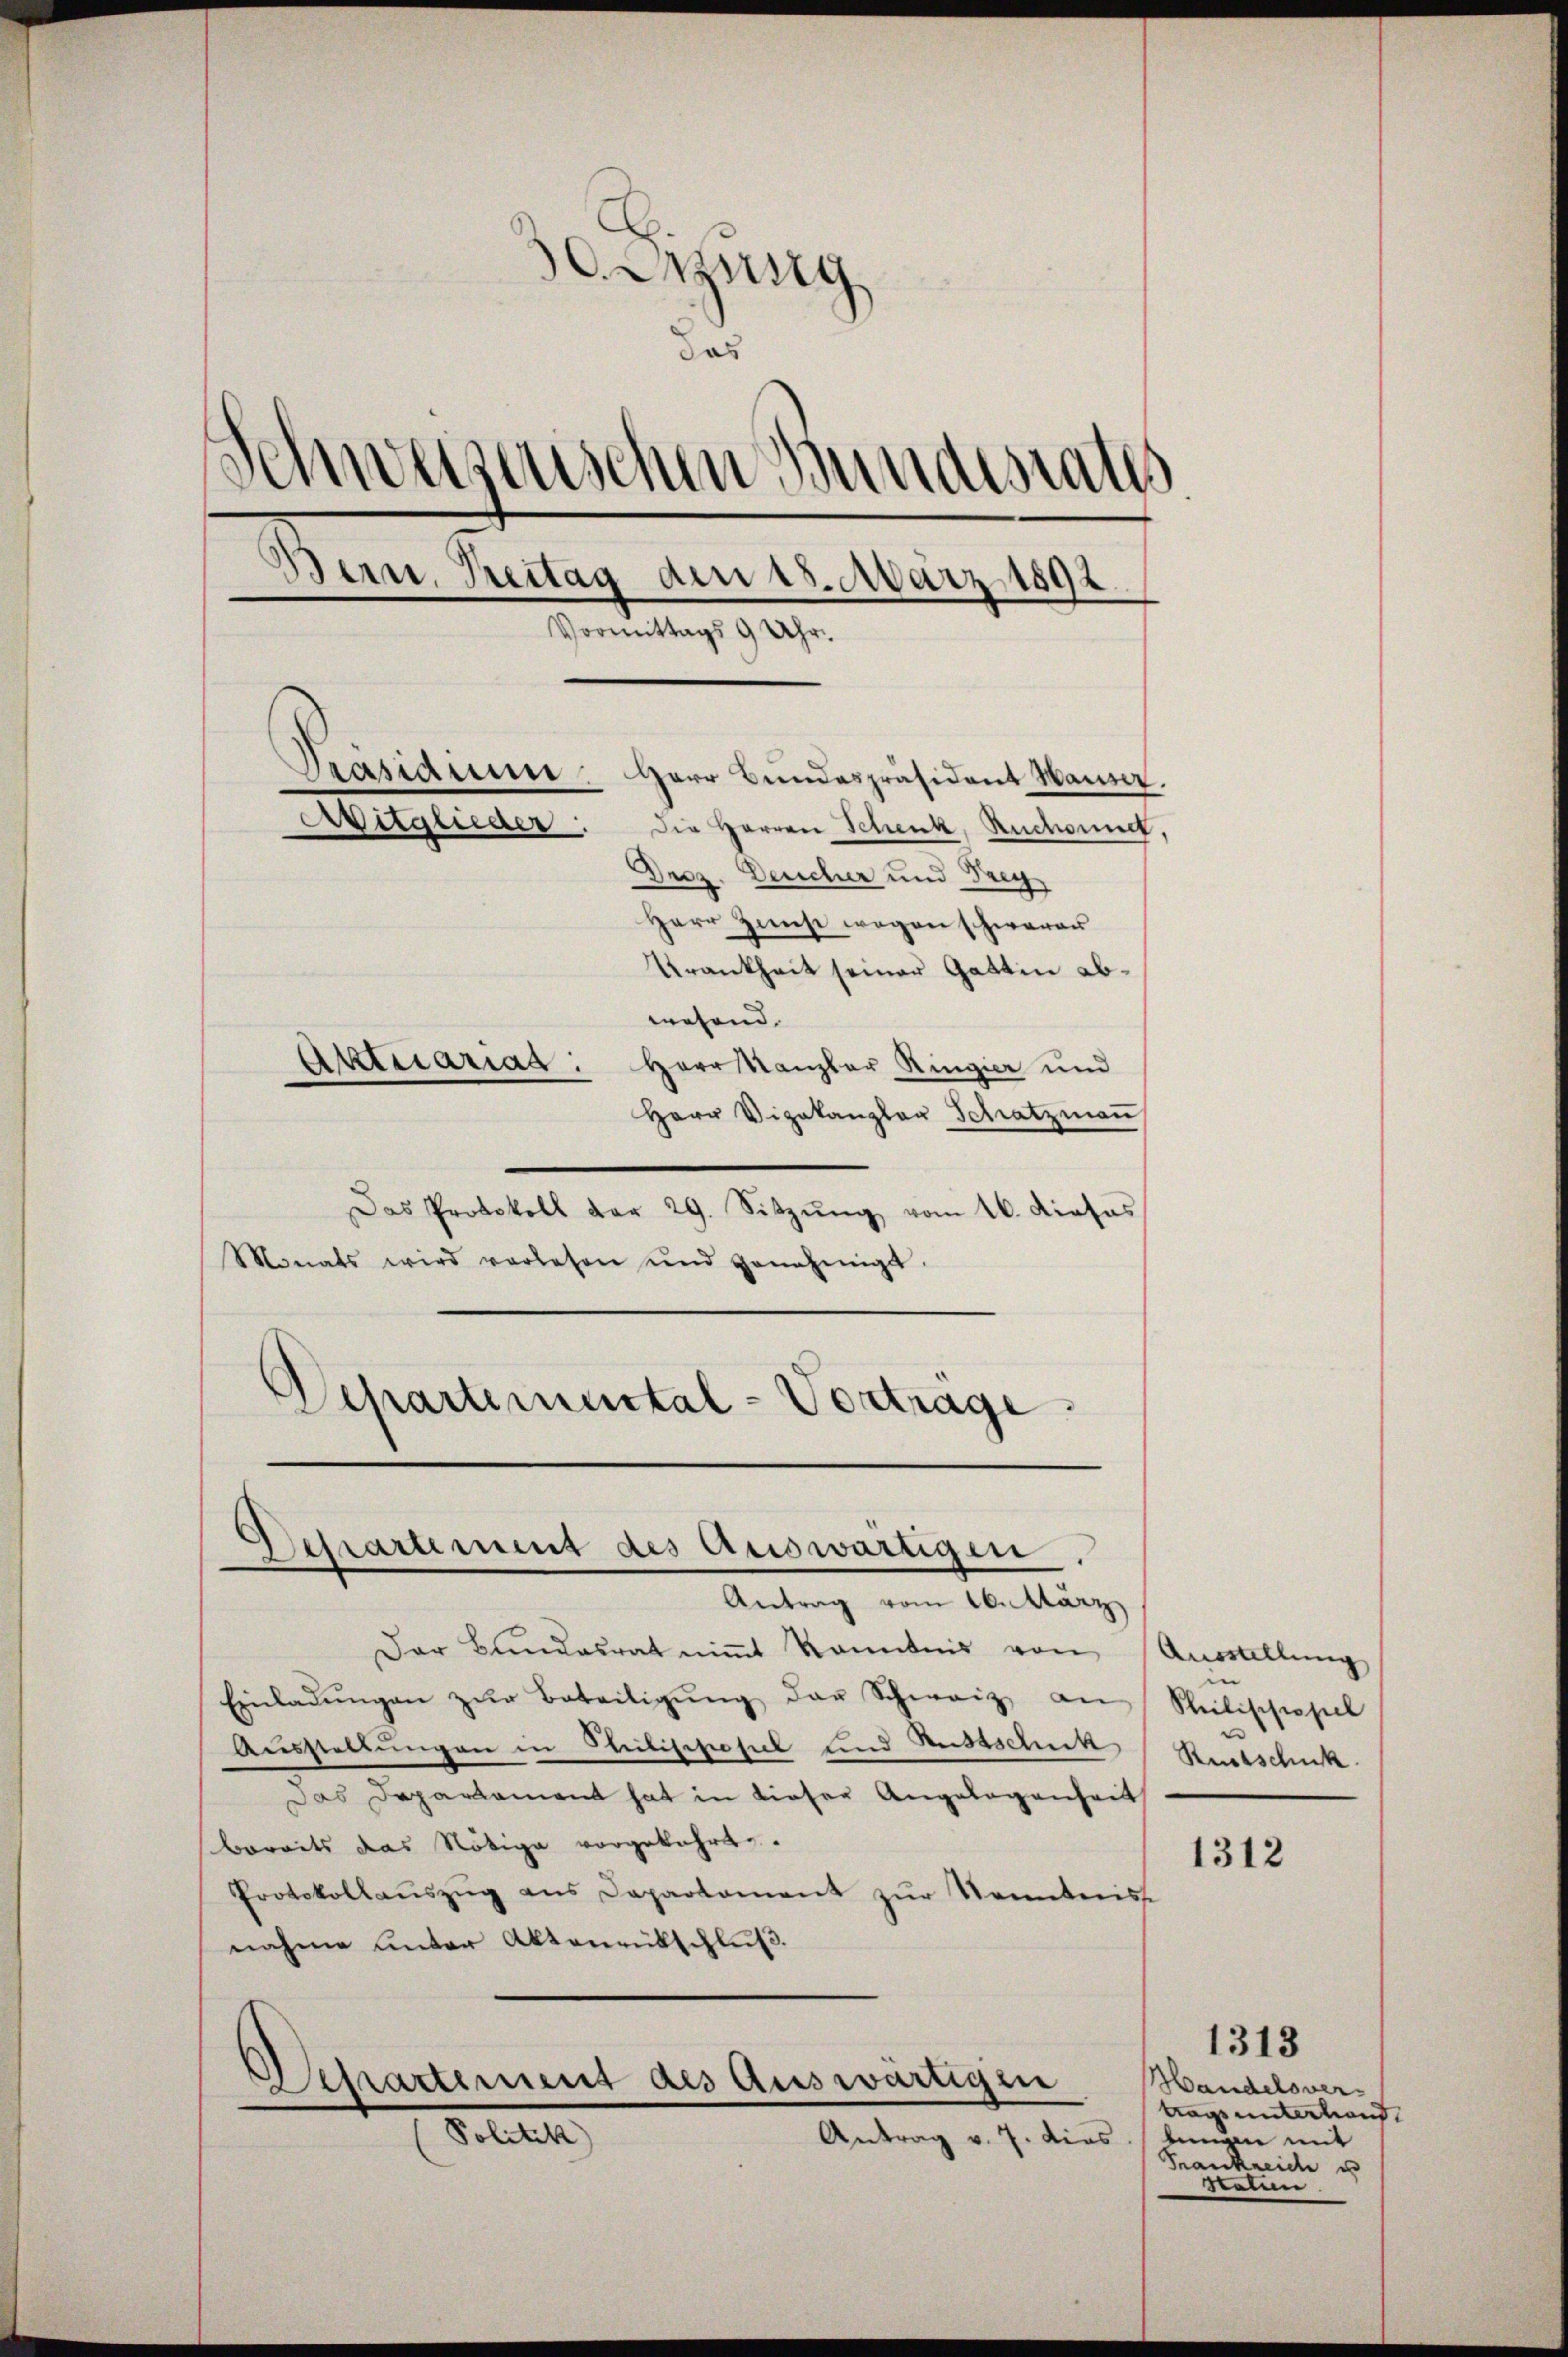
zung
das
Schweisenschen Bundesraths
Bern. Kettag den 18. März
892
.
d
e
Vormittags 9 Uhr.
Präsidium
Herr Bundespräsident Hauser.
Aritglieder: die Herren Schenk, Ruchont,
Droz. Deucher und Drey
Herr Zinst wegen schwerer
Krankheit seiner Gattin abwesend.
Aktuariat: Herr Kanzler Ringier und
Herr Vizekanzlar Schatzmaṅ

Das Protokoll der 29. Sitzŭng vom 16. Dieses
Monats wird vorlesen und genehmigt.
Departemental-Vortrage

Betrartement des Auswärtigen.
Antrag vom 16. März

Der Bundesrat niṁt kenntnis von
Einladŭngen zŭr Beteiligŭng der Schweiz an Philischspiel
Ausstellungen in Meilischosel und Ausschuh
Das Departement hat in dieser Angelegenheit
bereits das Nötige vorgekehrt.
Protokollaŭszŭg ans Departement zŭr Sonntniss
nahme unter Aktenrütschluß.
Departement des Auswärtigen
Politik)
Antrag v. 7. dies

Ausstellung
 |
Reitschuk

1312

Handelsvertrags unterhand.
tungen mit
Frankreiche u
Stalien

1313